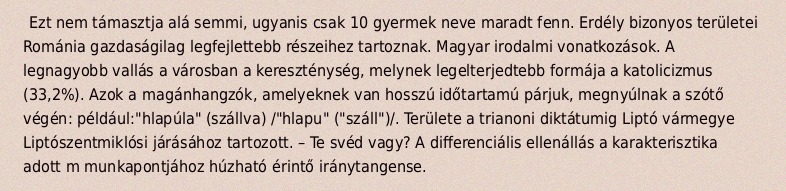
Ezt nem támasztja alá semmi, ugyanis csak 10 gyermek neve maradt fenn. Erdély bizonyos területei Románia gazdaságilag legfejlettebb részeihez tartoznak. Magyar irodalmi vonatkozások. A legnagyobb vallás a városban a kereszténység, melynek legelterjedtebb formája a katolicizmus (33,2%). Azok a magánhangzók, amelyeknek van hosszú időtartamú párjuk, megnyúlnak a szótő végén: például:"hlapúla" (szállva) /"hlapu" ("száll")/. Területe a trianoni diktátumig Liptó vármegye Liptószentmiklósi járásához tartozott. – Te svéd vagy? A differenciális ellenállás a karakterisztika adott m munkapontjához húzható érintő iránytangense.